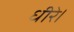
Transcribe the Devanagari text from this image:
धीरे।